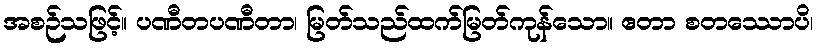
အစဉ်သဖြင့်။ ပဏီတပဏီတာ၊ မြတ်သည်ထက်မြတ်ကုန်သော။ ဧတာ စတဿောပိ၊